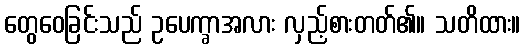
တွေဝေခြင်းသည် ဥပေက္ခာအလား လှည့်စားတတ်၏။ သတိထား။